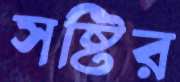
সষ্টির